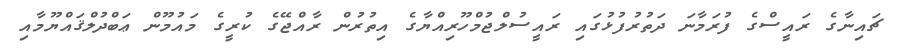
ޗައިނާގެ ރައީސްގެ ފުރަމާނަ ދަތުރުފުޅުގައި ރައީސުލްޖުމްހޫރިއްޔާގެ އިތުރުން ރާއްޖޭގެ ކުރީގެ މައުމޫން ޢަބްދުލްޤައްޔޫމާއި